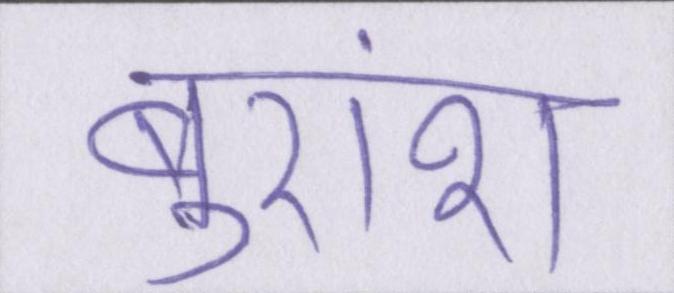
बुरांश